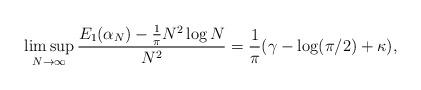
LaTeX: \begin{align*}\limsup_{N\rightarrow\infty}\frac{E_{1}(\alpha_{N})-\frac{1}{\pi}N^2 \log N}{N^2}=\frac{1}{\pi}(\gamma-\log(\pi/2)+\kappa),\end{align*}